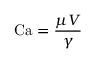
\mathrm { C a } = { \frac { \mu V } { \gamma } }